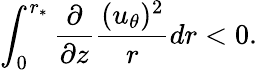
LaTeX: \int_{0}^{r_{\ast}}\frac{\partial}{\partial z}\frac{(u_{\theta})^{2}}{r}dr<0.